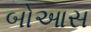
બોઆસ